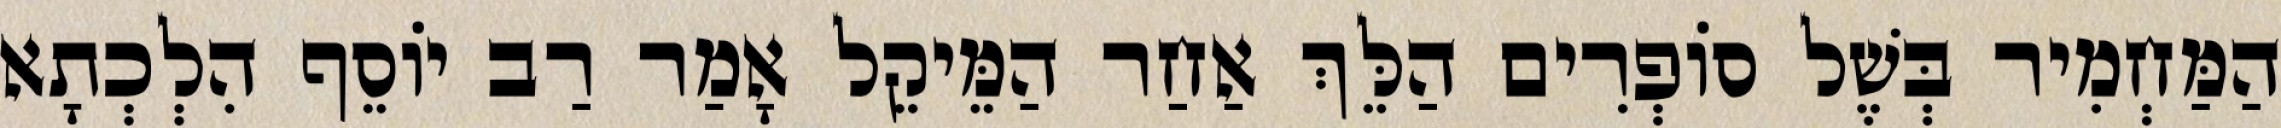
הַמַּחְמִיר בְּשֶׁל סוֹפְרִים הַלֵּךְ אַחַר הַמֵּיקֵל אָמַר רַב יוֹסֵף הִלְכְתָא